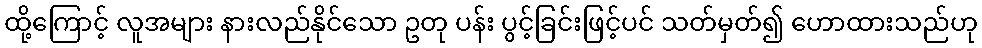
ထို့ကြောင့် လူအများ နားလည်နိုင်သော ဥတု ပန်း ပွင့်ခြင်းဖြင့်ပင် သတ်မှတ်၍ ဟောထားသည်ဟု